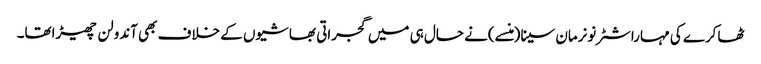
ٹھاکرے کی مہاراشٹرنونرمان سینا(منسے)نے حال ہی میں گجراتی بھاشیوں کے خلاف بھی آندولن چھیڑاتھا۔